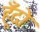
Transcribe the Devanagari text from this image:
हूँदो